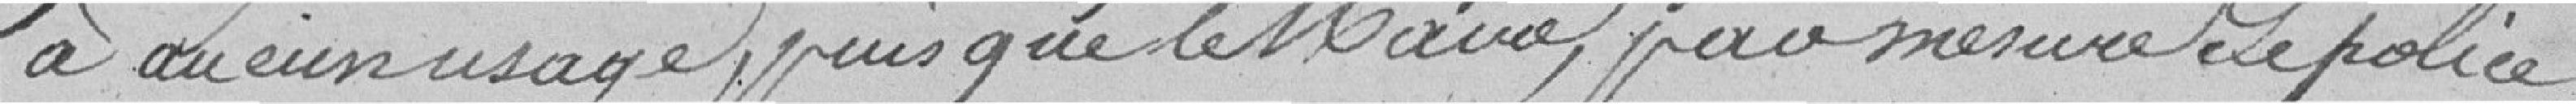
à aucun usage puisque le Maire, par mesure de police